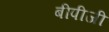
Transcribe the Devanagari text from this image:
बीपीजी